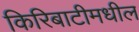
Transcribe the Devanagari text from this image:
किरिबाटीमधील